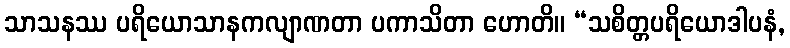
သာသနဿ ပရိယောသာနကလျာဏတာ ပကာသိတာ ဟောတိ။ “သစိတ္တပရိယောဒါပနံ,